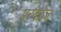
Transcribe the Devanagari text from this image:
परदाज़